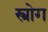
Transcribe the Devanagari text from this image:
स्त्रोग